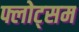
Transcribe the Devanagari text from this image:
फ्लोट्सम